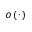
o \left( \cdot \right)